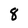
Character: 8